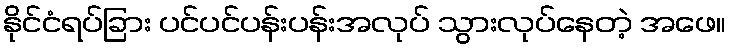
နိုင်ငံရပ်ခြား ပင်ပင်ပန်းပန်းအလုပ် သွားလုပ်နေတဲ့ အဖေ။